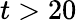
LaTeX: t>20